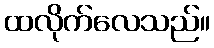
ထလိုက်လေသည်။